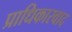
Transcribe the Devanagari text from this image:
प्राधिकारवाद